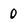
Character: 0